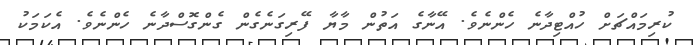
ކުރިމައްޗަށް ހުއްޓިދާނެ ހެންނެވެ. އޭނާގެ އަތުން މާޔާ ފޭރިގަނެގެން ގެންގޮސްދާނެ ހެންނެވެ. އެކަމަކު